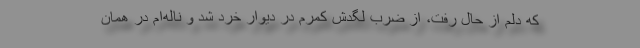
که دلم از حال رفت، از ضرب لگدش کمرم در دیوار خرد شد و ناله‌ام در همان